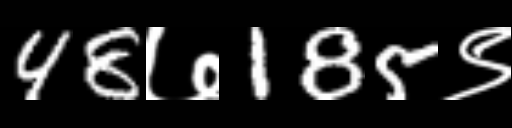
Text: 48७185९